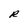
Character: R